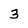
Character: 3